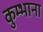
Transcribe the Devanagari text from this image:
कुम्भाना